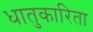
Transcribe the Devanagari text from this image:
धातुकारिता